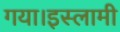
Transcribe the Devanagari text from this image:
गया।इस्लामी